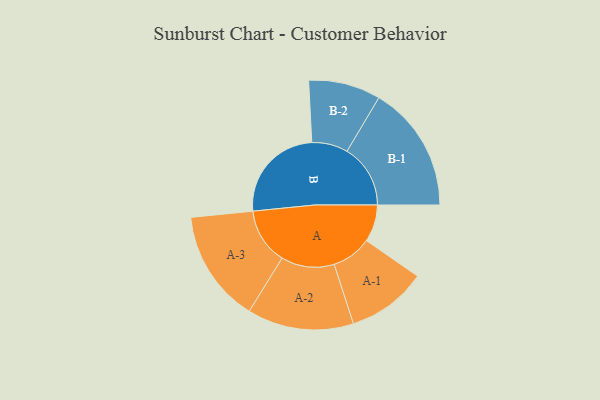
{"axis": {"x": "Segment", "y": "Value"}, "legend": ["", "A", "B"], "data": [{"x": "A", "y": 171, "type": ""}, {"x": "B", "y": 457, "type": ""}, {"x": "A-1", "y": 184, "type": "A"}, {"x": "A-2", "y": 245, "type": "A"}, {"x": "A-3", "y": 259, "type": "A"}, {"x": "B-1", "y": 292, "type": "B"}, {"x": "B-2", "y": 166, "type": "B"}]}